Language: tamil
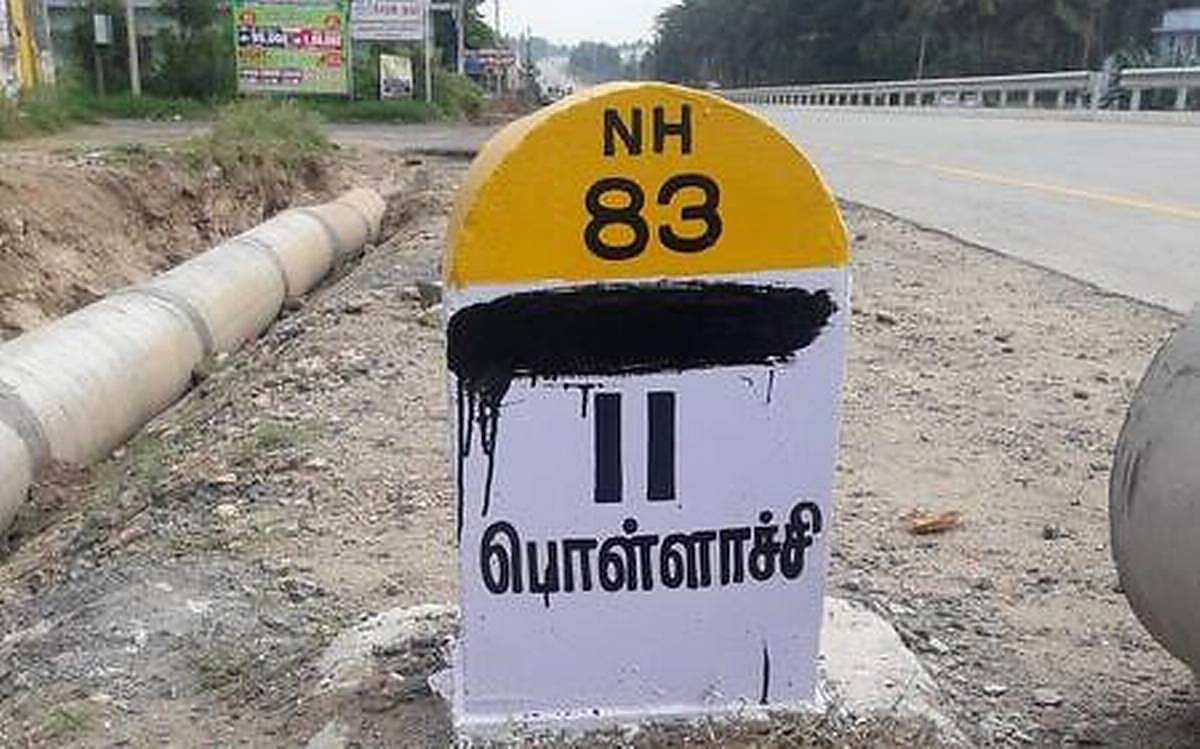
Transcription: பொள்ளாச்சி